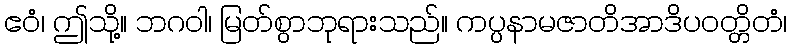
ဧဝံ၊ ဤသို့။ ဘဂဝါ၊ မြတ်စွာဘုရားသည်။ ကပ္ပနာမဇာတိအာဒိပဝတ္တိတံ၊